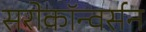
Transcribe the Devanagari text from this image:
सरोकॉन्वर्सन